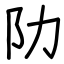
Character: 阞